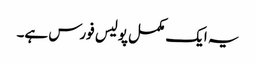
یہ ایک مکمل پولیس فورس ہے۔